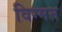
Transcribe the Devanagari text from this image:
विग्मन